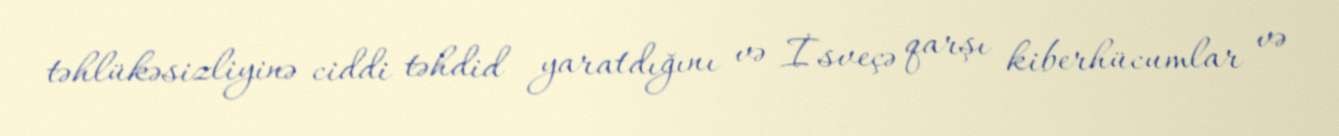
təhlükəsizliyinə ciddi təhdid yaratdığını və İsveçə qarşı kiberhücumlar və